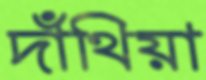
দাঁথিয়া